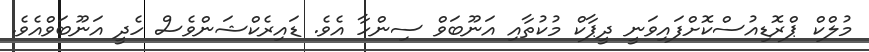
މުލްކް ޕްރޮޑިއުސްކޮށްފައިވަނީ ދީޕާކް މުކުތާއި އަނޫބަވް ސިންހާ އެވެ. ޑައިރެކްޝަންވެސް ހެދީ އަނޫބަވްއެވެ.